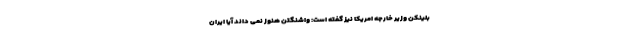
بلینکن وزیر خارجه امریکا نیز گفته است: واشنگتن هنوز نمی داند آیا ایران